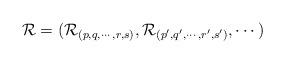
LaTeX: \begin{align*} \mathcal R= (\mathcal R_{(p, q ,\cdots, r, s)}, \mathcal R_{(p', q' ,\cdots, r', s')},\cdots )\end{align*}